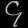
Digit: ၄